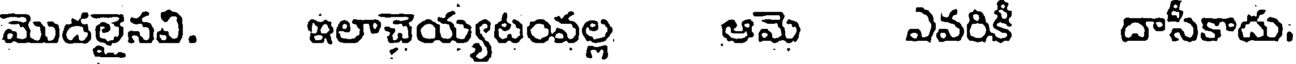
మొదలైనవి. ఇలాచెయ్యటంవల్ల ఆమె ఎవరికీ దాసీకాదు